65_HS1-834228961_62-HQ-83894_Section_7
Agency: FBI
Page 27
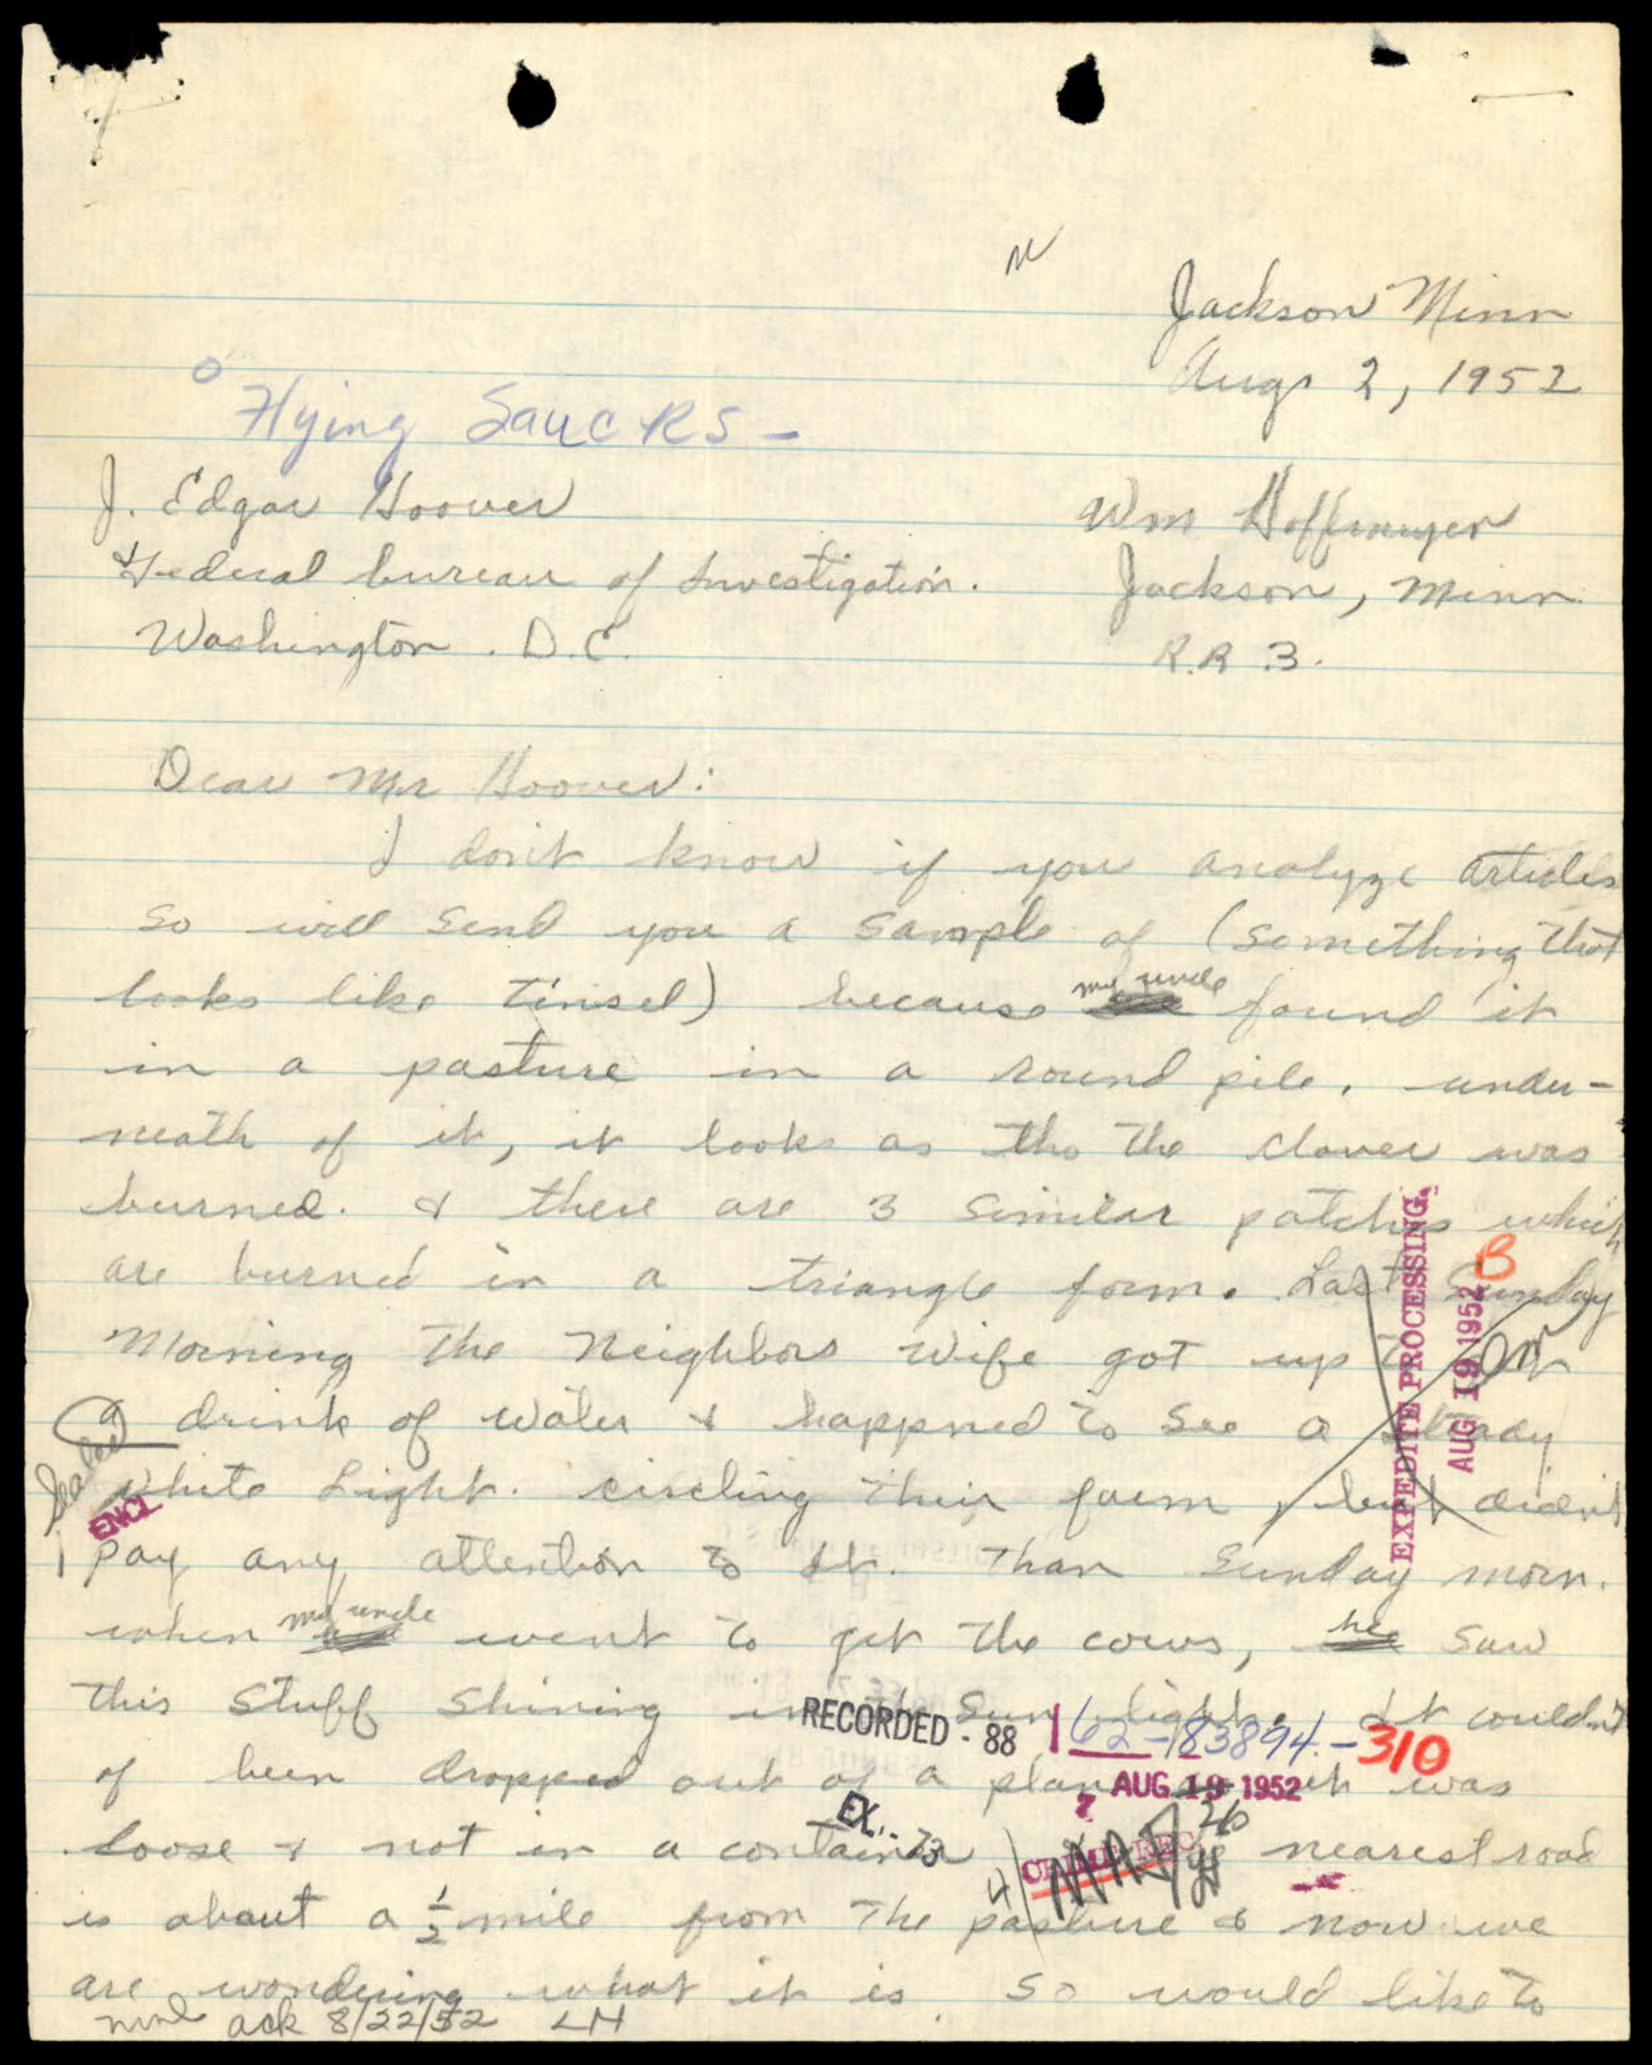